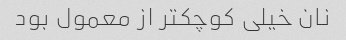
نان خیلی کوچکتر از معمول بود